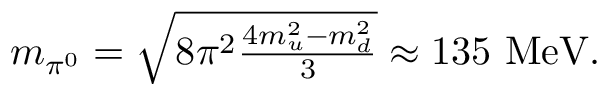
\begin{array} { r } { m _ { \pi ^ { 0 } } = \sqrt { 8 \pi ^ { 2 } \frac { 4 m _ { u } ^ { 2 } - m _ { d } ^ { 2 } } { 3 } } \approx 1 3 5 \ \mathrm { { M e V } } . } \end{array}